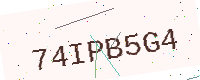
Text: 74IPB5G4